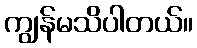
ကျွန်မသိပါတယ်။